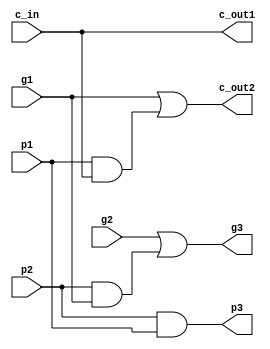
`timescale 1ns / 1ps
//////////////////////////////////////////////////////////////////////////////////
// Company: 
// Engineer: 
// 
// Design Name: 
// Module Name:    b_block 
// Project Name: 
// Target Devices: 
// Tool versions: 
// Description: 
//
// Dependencies: 
//
// Revision: 
// Revision 0.01 - File Created
// Additional Comments: 
//
//////////////////////////////////////////////////////////////////////////////////
module b_block(c_out2, c_out1, g3, p3, g2, p2, g1, p1, c_in);

   output c_out1, c_out2, g3, p3;
   input  g2, p2, g1, p1, c_in;

   wire   w1, w2;

   and (p3, p2, p1);
  
   and (w1, p2, g1);
   or (g3, g2, w1);
   
   assign c_out1 = c_in;
   
   and(w2, p1, c_in);
   or (c_out2, g1, w2);

endmodule